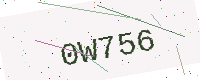
Text: 0W756